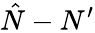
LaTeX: \hat{N}-N^{\prime}